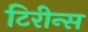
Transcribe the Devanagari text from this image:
टिरीन्स